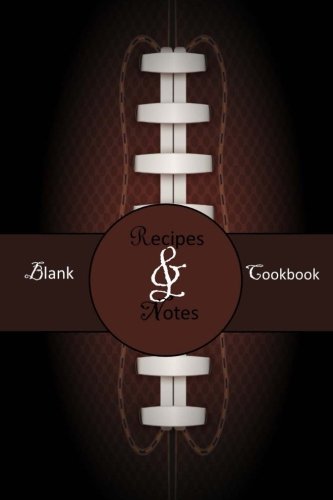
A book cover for Blank Cookbook: Recipes & Notes; Football, Tailgate Party (2); Rachel Stewart; Cookbooks, Food & Wine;